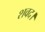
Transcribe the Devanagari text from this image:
शवद।